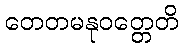
တေတမနုဝတ္တေတိ